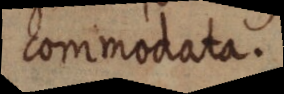
commodata.